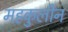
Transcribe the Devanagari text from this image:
महकुलीन